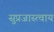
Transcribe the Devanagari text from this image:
सुप्रजास्त्वाय